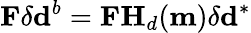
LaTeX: \mathbf{F}\delta\mathbf{d}^{b}=\mathbf{F}\mathbf{H}_{d}(\mathbf{m})\delta\mathbf{d}^{*}